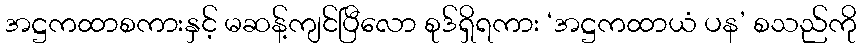
အဋ္ဌကထာစကားနှင့် မဆန့်ကျင်ပြီလော စုဒ်ရှိရကား ‘အဋ္ဌကထာယံ ပန’ စသည်ကို